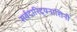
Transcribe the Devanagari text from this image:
सर्वदारिद्र्यनाशिनी